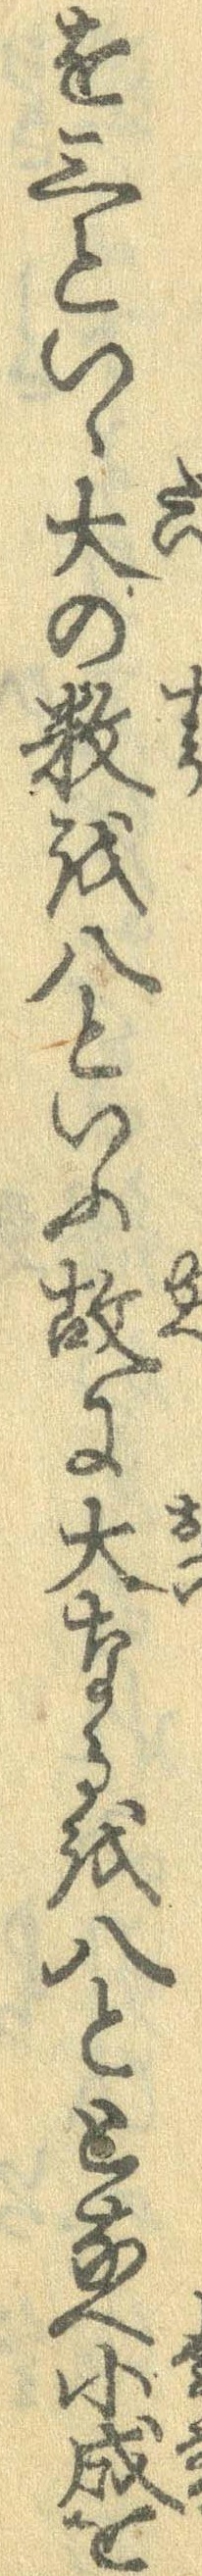
を三といゝ大の数を八といふ故に大なるを八ととなへ小成を